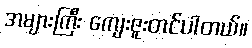
အများကြီး ကျေးဇူးတင်ပါတယ်။